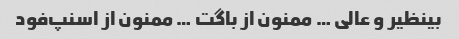
بینظیر و عالی … ممنون از باگت … ممنون از اسنپ‌فود